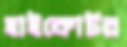
হাইকোর্টর